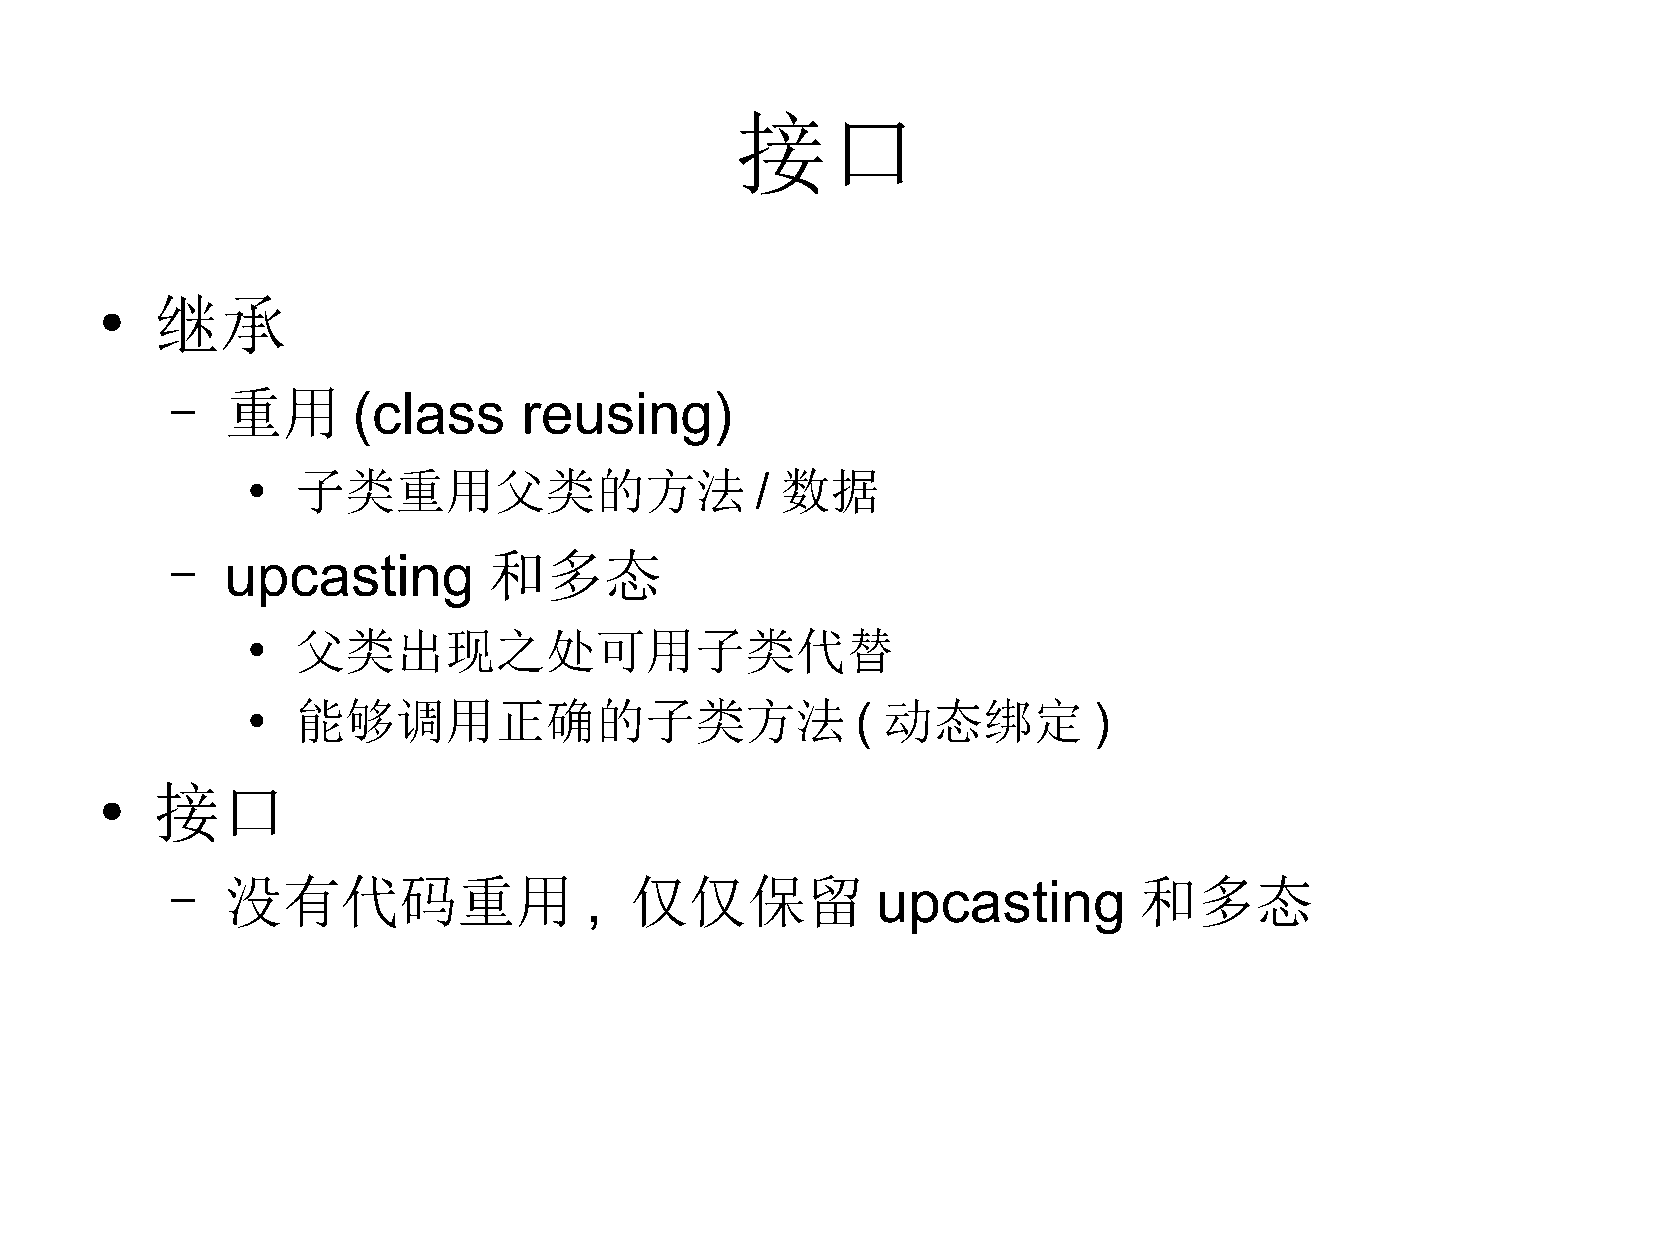
接口
 继承
 ●
 –   重用      (class      reusing)
 子类重用父类的方法                     / 数据
 ●
 –   upcasting        和多态
 父类出现之处可用子类代替
 ●
 能够调用正确的子类方法                          ( 动态绑定         )
 ●
 接口
 ●
 –   没有代码重用                  ,  仅仅保留            upcasting        和多态